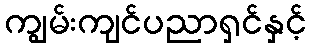
ကျွမ်းကျင်ပညာရှင်နှင့်